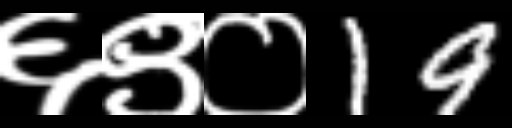
Text: ६९०19